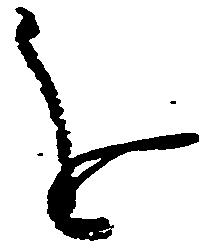
を